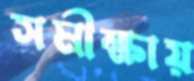
সমীক্ষায়